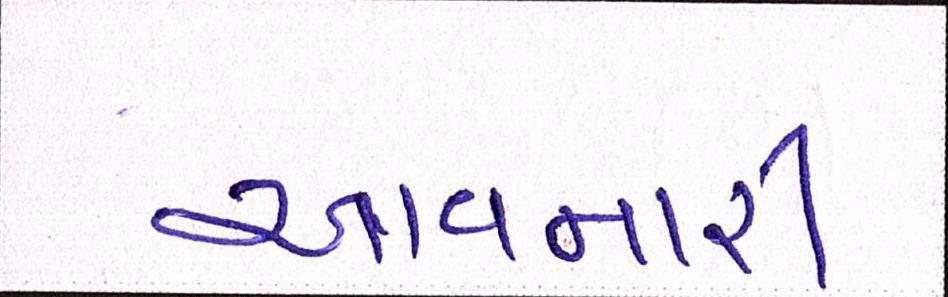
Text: આવનારી